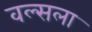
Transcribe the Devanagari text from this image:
वल्‍सला